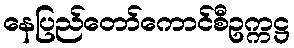
နေပြည်တော်ကောင်စီဥက္ကဋ္ဌ